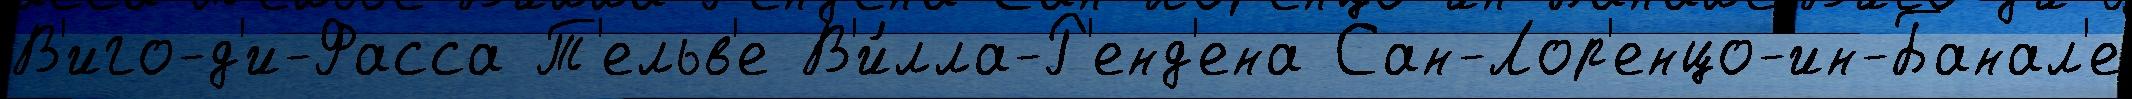
В'иго-д'и-Фасса Т'ельв'е В'и́лла-Р'енд'ена Сан-Лор'енцо-ин-Банал'е